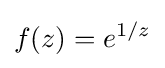
f(z)=e^{1/z}